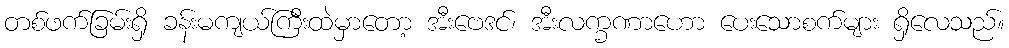
တစ်ဖက်ခြမ်းရှိ ခန်းမကျယ်ကြီးထဲမှာတော့ အီးဗေဒင်၊ အီးလက္ခဏာဟော ပေးသောစက်များ ရှိလေသည်။